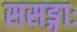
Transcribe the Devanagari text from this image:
ससङ्गाः